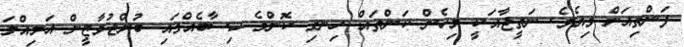
ފަންތިއަށް ވިއެވެ. ނަތީޖާއަކީ މިހެން ކަންތައް ހިނގި ކޮންމެ ހިސާބެއްގައި ބުރްޖުވާޒީން އަމިއްލަ